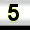
Digit: 5